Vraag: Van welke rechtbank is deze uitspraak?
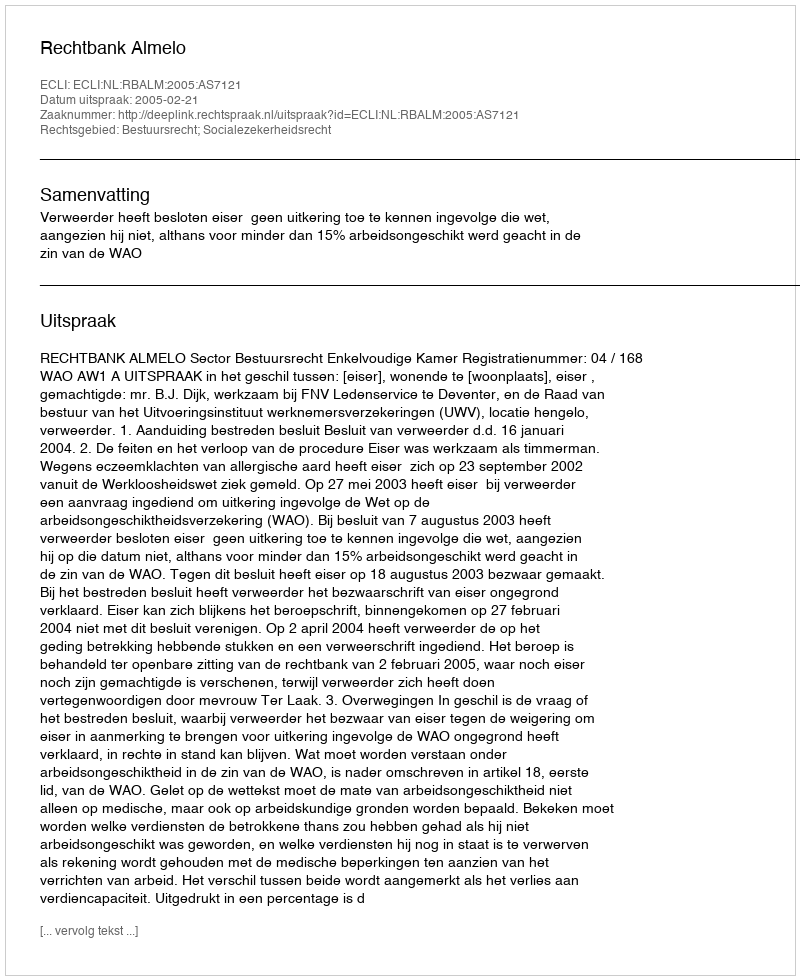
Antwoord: Rechtbank Almelo